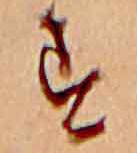
す